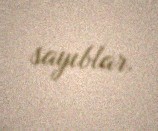
sayıblar.